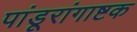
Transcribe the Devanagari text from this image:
पांडूरांगाष्टक